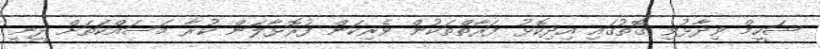
ޝަހީމް ވިދާޅުވި ގޮތުގައި އިދިކޮޅު ފަރާތްތަކުން ވެރިކަން ފުރޮޅާލަން ކުރާ މަސައްކަތަށް ދީނީ